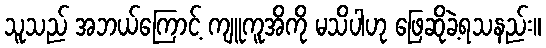
သူသည် အဘယ်ကြောင့် ကျူကူအိကို မသိပါဟု ဖြေဆိုခဲ့ရသနည်း။